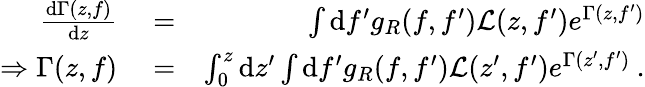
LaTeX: \begin{array}{rlr}{\frac{\mathrm{d}\Gamma(z,f)}{\mathrm{d}z}}&{{}=}&{\int\mathrm{d}f^{\prime}g_{R}(f,f^{\prime})\mathcal{L}(z,f^{\prime})e^{\Gamma(z,f^{\prime})}}\\ {\Rightarrow\Gamma(z,f)}&{{}=}&{\int_{0}^{z}\mathrm{d}z^{\prime}\int\mathrm{d}f^{\prime}g_{R}(f,f^{\prime})\mathcal{L}(z^{\prime},f^{\prime})e^{\Gamma(z^{\prime},f^{\prime})}\: .}\end{array}